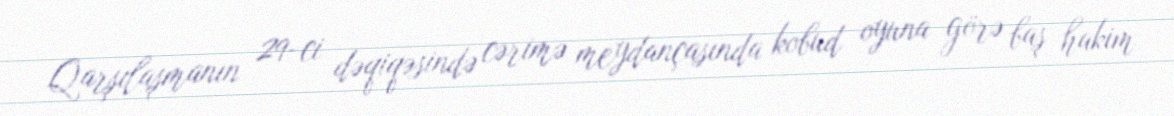
Qarşılaşmanın 29-ci dəqiqəsində cərimə meydançasında kobud oyuna görə baş hakim